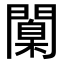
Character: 闑